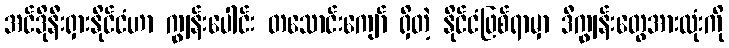
အင်ဒိုနီးရှားနိုင်ငံဟာ ကျွန်းပေါင်း တသောင်းကျော် ရှိတဲ့ နိုင်ငံဖြစ်ရာမှာ ဒီကျွန်းတွေအားလုံးကို